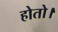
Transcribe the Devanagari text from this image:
होतो।